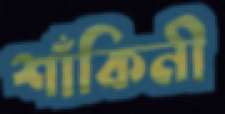
শাঁকিনী